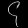
Digit: ၄